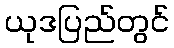
ယုဒပြည်တွင်